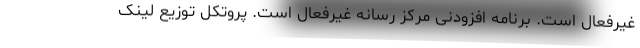
غیرفعال است. برنامه افزودنی مرکز رسانه غیرفعال است. پروتکل توزیع لینک